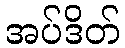
အပ်ဒိတ်